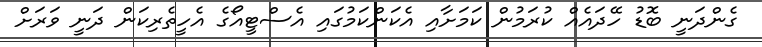
ގެންދަނީ ބޮޑު ހޭދައެއް ކުރަމުން ކަމަށާއި އެކަންކަމުގައި އެސްޓީއޯގެ އެހީތެރިކަން ދަނީ ވަރަށް